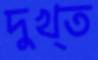
দুখ্ত